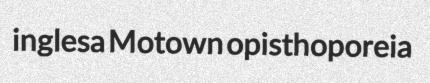
inglesa Motown opisthoporeia